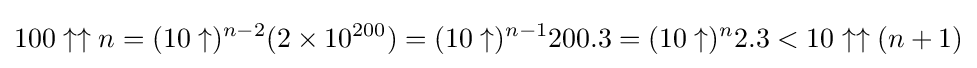
100\uparrow \uparrow n=(10\uparrow )^{n-2}(2\times 10^{200})=(10\uparrow )^{n-1}200.3=(10\uparrow )^{n}2.3<10\uparrow \uparrow (n+1)